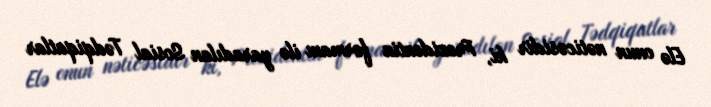
Elə onun nəticəsidir ki, Prezidentin fərmanı ilə yaradılan Sosial Tədqiqatlar